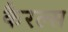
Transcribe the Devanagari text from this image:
कैरल्स